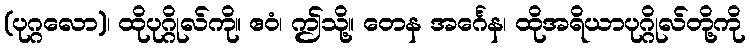
(ပုဂ္ဂလော)၊ ထိုပုဂ္ဂိုလ်ကို။ ဧဝံ၊ ဤသို့။ တေန အင်္ဂေန၊ ထိုအရိယာပုဂ္ဂိုလ်တို့ကို